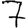
Digit: 7